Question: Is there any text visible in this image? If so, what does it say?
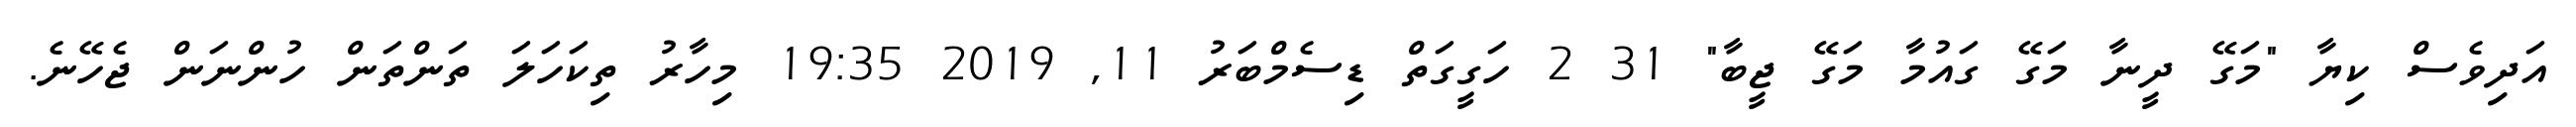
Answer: އަދިވެސް ކިޔާ "މަގޭ ދީނާ މަގޭ ގައުމާ މަގޭ ޖީބާ" 31 2 ހަގީގަތް ޑިސެމްބަރު 11, 2019 19:35 މިހާރު ތިކަހަލަ ތަންތަން ހުންނަން ޖެހޭނެ.